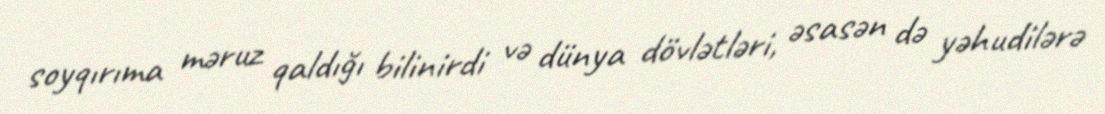
soyqırıma məruz qaldığı bilinirdi və dünya dövlətləri, əsasən də yəhudilərə